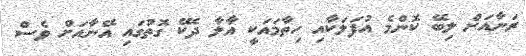
ރަނާއަށް ލިބޭ ކޮންމެ އުފަލަކާއި ހިތާމައަކީ އާލާ ދެކޭ ގޮތުގައި އޭނާއަށް ވެސް